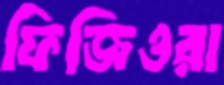
ফিজিওরা